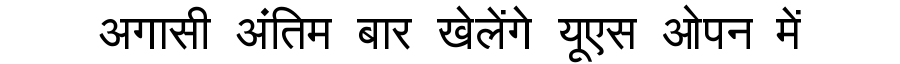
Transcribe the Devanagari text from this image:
अगासी अंतिम बार खेलेंगे यूएस ओपन में